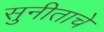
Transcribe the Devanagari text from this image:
सुनीताचे